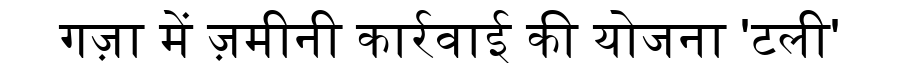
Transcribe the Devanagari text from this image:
गज़ा में ज़मीनी कार्रवाई की योजना 'टली'